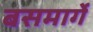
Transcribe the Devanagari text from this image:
बसमार्गे